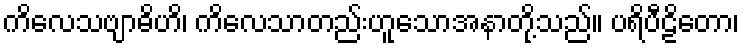
ကိလေသဗျာဓိဟိ၊ ကိလေသာတည်းဟူသောအနာတို့သည်။ ပရိပီဠိတော၊